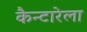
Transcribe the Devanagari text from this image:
कैन्टारेला